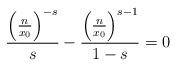
LaTeX: \begin{align*}\frac{\left(\frac{n}{x_0}\right)^{-s}}{s}-\frac{\left(\frac{n}{x_0}\right)^{s-1}}{1-s}=0 \end{align*}